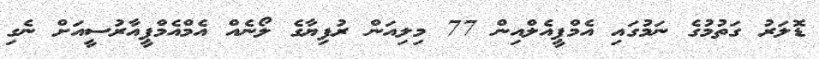
ޑޮލަރު ގަތުމުގެ ނަމުގައި އެމްޕީއެލްއިން 77 މިލިއަން ރުފިޔާގެ ލޯނެއް އެމްއެމްޕީއާރުސީއަށް ނެގި